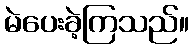
မဲပေးခဲ့ကြသည်။